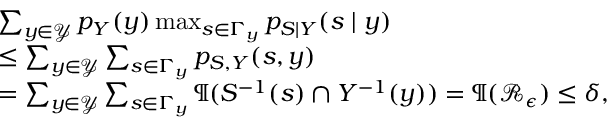
\begin{array} { r l } & { \sum _ { y \in \mathcal { Y } } p _ { Y } ( y ) \operatorname* { m a x } _ { s \in \Gamma _ { y } } p _ { S \mid Y } ( s \mid y ) } \\ & { \leq \sum _ { y \in \mathcal { Y } } \sum _ { s \in \Gamma _ { y } } p _ { S , Y } ( s , y ) } \\ & { = \sum _ { y \in \mathcal { Y } } \sum _ { s \in \Gamma _ { y } } \P ( S ^ { - 1 } ( s ) \cap Y ^ { - 1 } ( y ) ) = \P ( \mathcal { R } _ { \epsilon } ) \leq \delta , } \end{array}